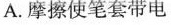
A.摩擦使笔套带电